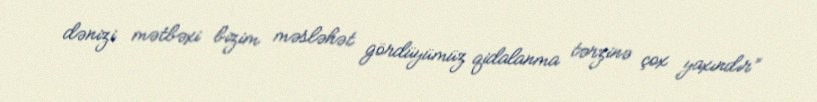
dənizi mətbəxi bizim məsləhət gördüyümüz qidalanma tərzinə çox yaxındır”